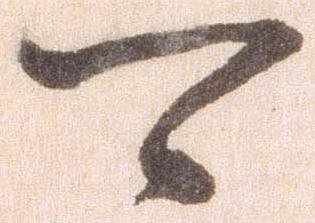
可